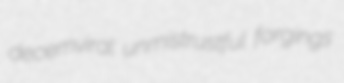
decemviral unmistrustful forgings